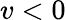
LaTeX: v<0